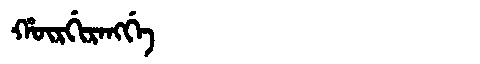
Manchu: ᡥᡡᡵᡤᡳᡵᠠᠩᡤᡝ
Romanization: HŪRGIRANGGE